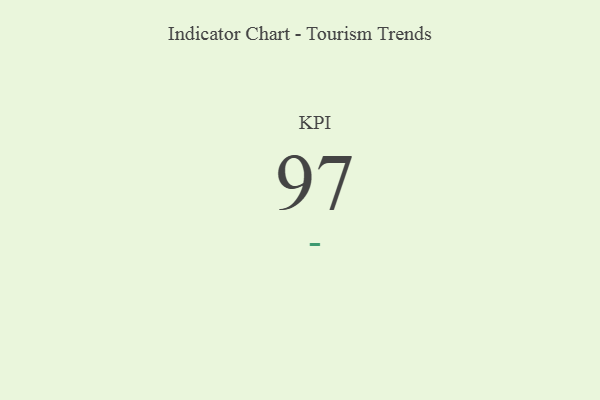
{"axis": {"x": "KPI", "y": "Value"}, "legend": [""], "data": [{"x": "KPI", "y": 97, "type": ""}]}